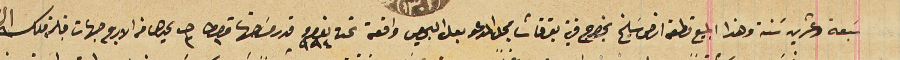
سَبعة وعشرين سَنة وهذا المبيع قطعة ارض سَليخ بخراج قرية بقرقاشا بمحل المدعو بعل البحيص واقعة تحت نمرو ٩٩٤ قدر مسَاحتها قيراط ١ حبه ٢ يحدها من الاربع جهات قبلة ملك